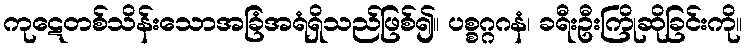
ကုဋေတစ်သိန်းသောအခြံအရံရှိသည်ဖြစ်၍။ ပစ္စဂ္ဂဂနံ၊ ခရီးဦးကြိုဆိုခြင်းကို။